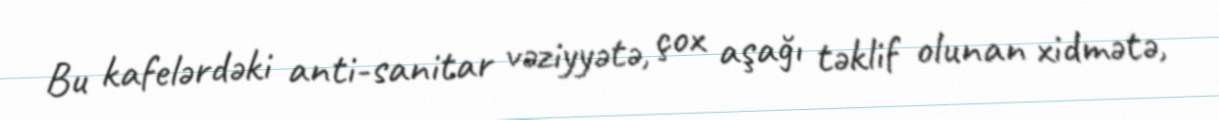
Bu kafelərdəki anti-sanitar vəziyyətə, çox aşağı təklif olunan xidmətə,